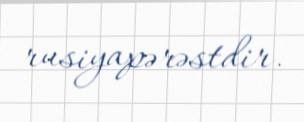
rusiyapərəstdir.